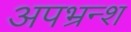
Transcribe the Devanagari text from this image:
अपभ्रन्‍श